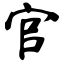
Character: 官